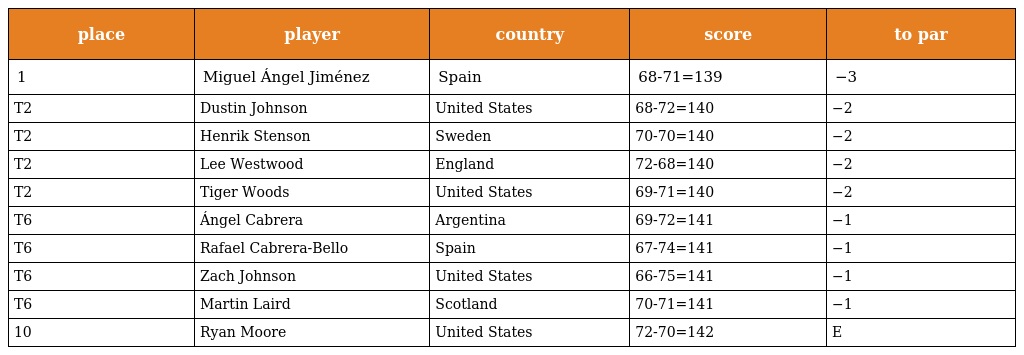
| place | player | country | score | to par |
 | --- | --- | --- | --- | --- |
 | 1 | Miguel Ángel Jiménez | Spain | 68-71=139 | −3 |
 | T2 | Dustin Johnson | United States | 68-72=140 | −2 |
 | T2 | Henrik Stenson | Sweden | 70-70=140 | −2 |
 | T2 | Lee Westwood | England | 72-68=140 | −2 |
 | T2 | Tiger Woods | United States | 69-71=140 | −2 |
 | T6 | Ángel Cabrera | Argentina | 69-72=141 | −1 |
 | T6 | Rafael Cabrera-Bello | Spain | 67-74=141 | −1 |
 | T6 | Zach Johnson | United States | 66-75=141 | −1 |
 | T6 | Martin Laird | Scotland | 70-71=141 | −1 |
 | 10 | Ryan Moore | United States | 72-70=142 | E |